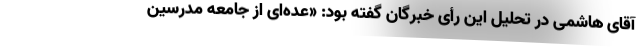
آقای هاشمی در تحلیل این رأی خبرگان گفته بود: «عده‌ای از جامعه مدرسین